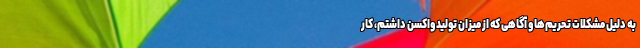
به دلیل مشکلات تحریم‌ها و آگاهی که از میزان تولید واکسن داشتم، کار